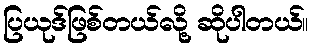
ပြယုဒ်ဖြစ်တယ်လို့ ဆိုပါတယ်။